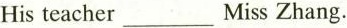
His teacher_Miss Zhang.